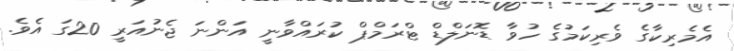
އެމެރިކާގެ ވެރިކަމުގެ ހުވާ ޑޮނަލްޑް ޓްރަމްޕް ކުރައްވާނީ އަންނަ ޖެނުއަރީ 20ގަ އެވެ.